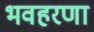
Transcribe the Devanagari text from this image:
भवहरणा